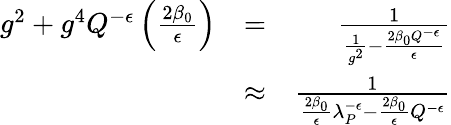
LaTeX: \begin{array}{rlr}{g^{2}+g^{4}Q^{-\epsilon}\left(\frac{2\beta_{0}}{\epsilon}\right)}&{=}&{{\frac{1}{{\frac{1}{g^{2}}}-{\frac{2\beta_{0}Q^{-\epsilon}}{\epsilon}}}}}\\ &{\approx}&{{\frac{1}{{\frac{2\beta_{0}}{\epsilon}}\lambda_{P}^{-\epsilon}-{\frac{2\beta_{0}}{\epsilon}}Q^{-\epsilon}}}}\end{array}